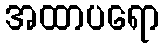
အထာပရော